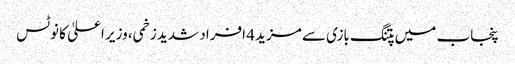
پنجاب میں پتنگ بازی سے مزید 4 افراد شدید زخمی، وزیر اعلیٰ کا نوٹس